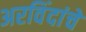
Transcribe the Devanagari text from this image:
अरविंदांचे